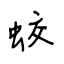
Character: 蛟